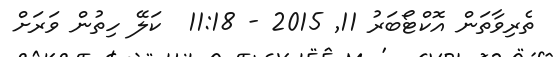
ތެރިވާތަން އޮކްޓޯބަރު 11